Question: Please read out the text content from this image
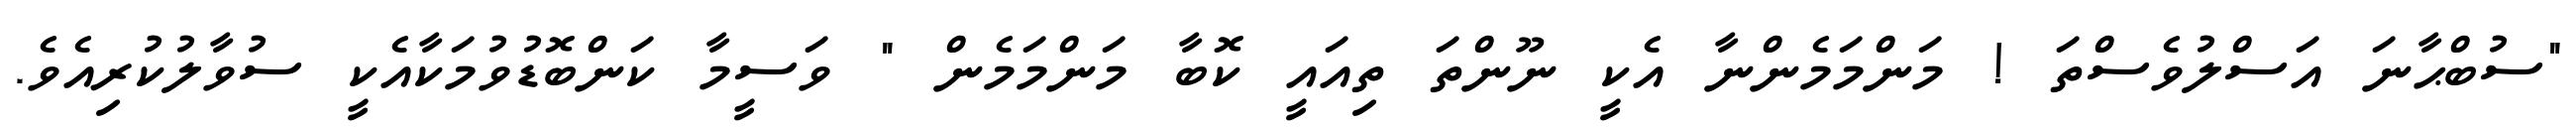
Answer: "ސުބްޙާނަ އަސްލުވެސްތަ ! މަންމަމެންނާ އެކީ ނޫންތަ ތިއައީ ކޮބާ މަންމަމެން " ވަސީމާ ކަންބޮޑުވުމަކާއެކީ ސުވާލުކުރިއެވެ.